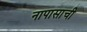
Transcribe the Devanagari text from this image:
नापासाची